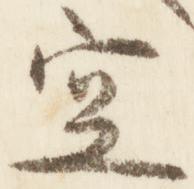
空